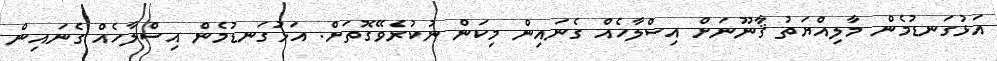
އަޅުގަނޑުމެން މާލިއްޔަތު ޤާނޫނަށް އިސްލާހެއް ގެނައިން މިކަން ނުކުރެވޭގޮތަށް. އަޅުގަނޑުމެން އިސްލާހެއް ގެނައިން